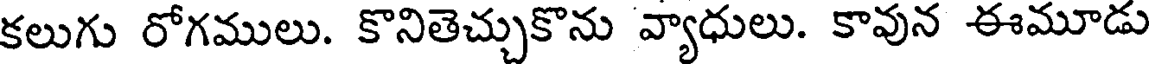
కలుగు రోగములు. కొనితెచ్చుకొను వ్యాధులు. కావున ఈమూడు